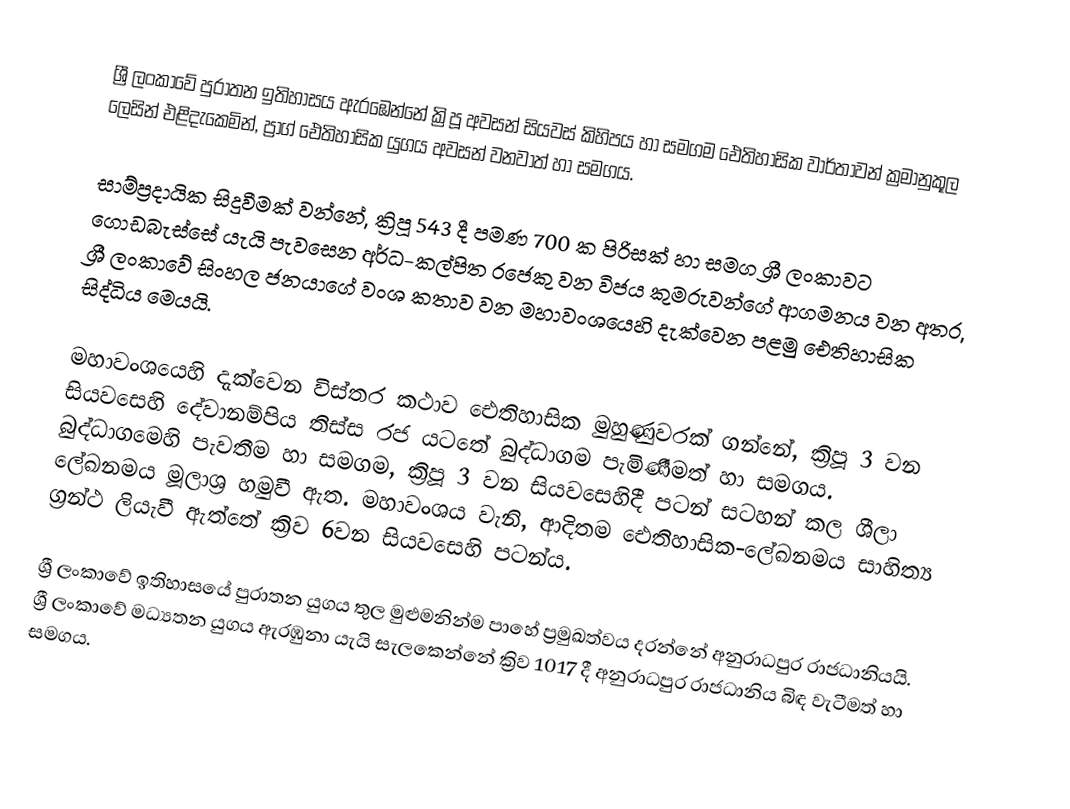
ශ්‍රී ලංකාවේ පුරාතන ඉතිහාසය ඇරඹෙන්නේ ක්‍රිපූ අවසන් සියවස් කිහිපය හා සමගම ඓතිහාසික වාර්තාවන් ක්‍රමානුකූල ලෙසින් එළිදැකෙමින්,   ප්‍රාග් ඓතිහාසික යුගය අවසන් වනවාත් හා සමගය.

සාම්ප්‍රදායික සිදුවීමක් වන්නේ, ක්‍රිපූ 543 දී පමණ 700 ක පිරිසක් හා සමග ශ්‍රී ලංකාවට ගොඩබැස්සේ යැයි පැවසෙන අර්ධ-කල්පිත රජෙකු වන  විජය කුමරුවන්ගේ ආගමනය වන අතර,  ශ්‍රී ලංකාවේ සිංහල ජනයාගේ වංශ කතාව වන මහාවංශයෙහි දැක්වෙන පළමු ඓතිහාසික සිද්ධිය මෙයයි.

මහාවංශයෙහි දැක්වෙන විස්තර කථාව ඓතිහාසික මුහුණුවරක් ගන්නේ, ක්‍රිපූ 3 වන සියවසෙහි  දේවානම්පිය තිස්ස රජ යටතේ බුද්ධාගම පැමිණීමත් හා සමගය. බුද්ධාගමෙහි පැවතීම හා සමගම, ක්‍රිපූ 3 වන සියවසෙහිදී පටන් සටහන් කල  ශීලා ලේඛනමය මූලාශ්‍ර හමුවී ඇත. මහාවංශය වැනි, ආදිතම ඓතිහාසික-ලේඛනමය සාහිත්‍ය ග්‍රන්ථ ලියැවී ඇත්තේ ක්‍රිව 6වන සියවසෙහි පටන්ය.

ශ්‍රී ලංකාවේ ඉතිහාසයේ පුරාතන යුගය තුල මුළුමනින්ම පාහේ ප්‍රමුඛත්වය දරන්නේ  අනුරාධපුර රාජධානියයි. ශ්‍රී ලංකාවේ මධ්‍යතන  යුගය ඇරඹුනා යැයි සැලකෙන්නේ ක්‍රිව 1017 දී අනුරාධපුර රාජධානිය බිඳ වැටීමත් හා සමගය.